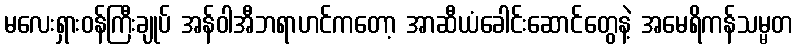
မလေးရှားဝန်ကြီးချုပ် အန်ဝါအီဘရာဟင်ကတော့ အာဆီယံခေါင်းဆောင်တွေနဲ့ အမေရိကန်သမ္မတ